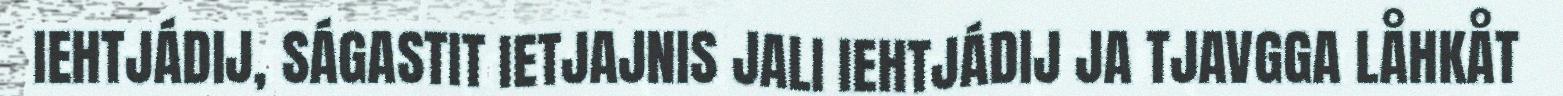
IEHTJÁDIJ, SÁGASTIT IETJAJNIS JALI IEHTJÁDIJ JA TJAVGGA LÅHKÅT